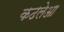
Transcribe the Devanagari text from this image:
कढलेआ